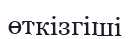
өткізгіші